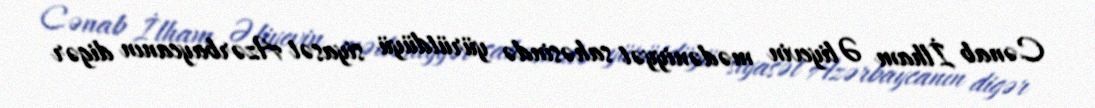
Cənab İlham Əliyevin mədəniyyət sahəsində yürütdüyü siyasət Azərbaycanın digər